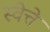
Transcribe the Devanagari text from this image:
स्वेत्ते